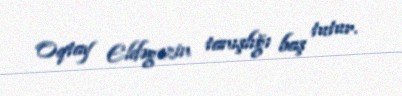
Oqtay Eldəgəzin tanışlığı baş tutur.